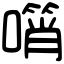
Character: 𠿫